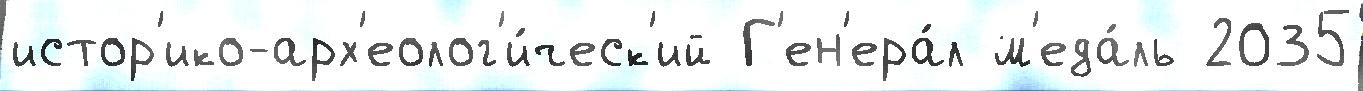
истор'ико-арх'еолог'и́ческ'ий Г'ен'ера́л м'еда́ль 2035